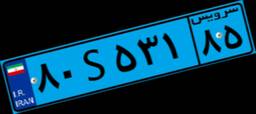
۵۵S۷۵۱۵۱